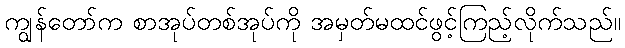
ကျွန်တော်က စာအုပ်တစ်အုပ်ကို အမှတ်မထင်ဖွင့်ကြည့်လိုက်သည်။